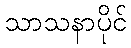
သာသနာပိုင်